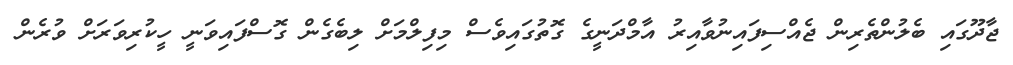
ޖާދޫގައި ބެލުންތެރިން ޖެއްސިފައިނުވާއިރު އާމްދަނީގެ ގޮތުގައިވެސް މިފިލްމަށް ލިބެގެން ގޮސްފައިވަނީ ހީކުރިވަރަށް ވުރެން